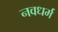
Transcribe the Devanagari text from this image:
नवधर्म